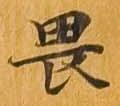
畏